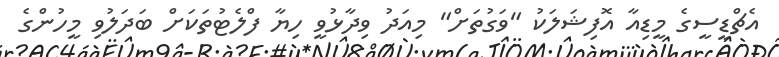
އެޗްޑީސީގެ މީޑިއާ އޮފިޝަލަކު "ވަގުތަށް" މިއަދު ވިދާޅުވީ ހިޔާ ފްލެޓުތަކަށް ބަދަލުވި މީހުންގެ